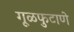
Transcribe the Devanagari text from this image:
गूळफुटाणे